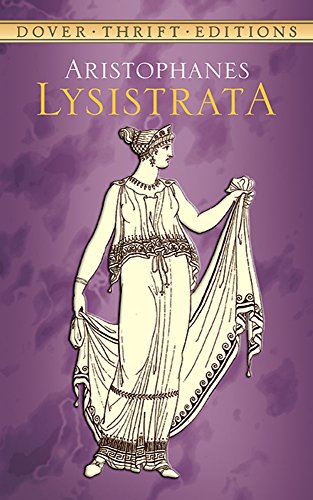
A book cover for Lysistrata (Dover Thrift Editions); Aristophanes; Literature & Fiction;